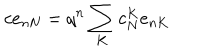
c e _ { n N } = q ^ { n } \sum _ { K } c _ { N } ^ { K } e _ { n K }